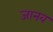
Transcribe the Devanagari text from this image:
जानव